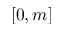
[ 0 , m ]